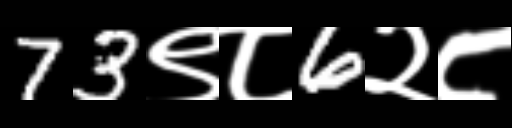
Text: 73९८6२८